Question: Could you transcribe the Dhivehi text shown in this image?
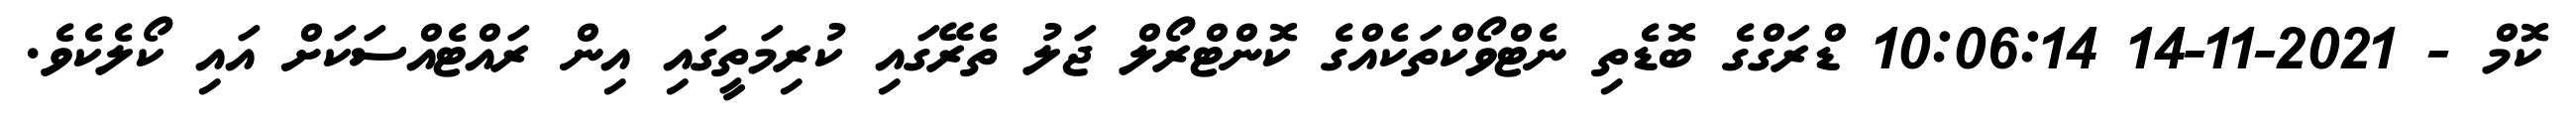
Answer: ކޮމް - 2021-11-14 10:06:14 ޑްރަގްގެ ބޮޑެތި ނެޓްވޯކްތަކެއްގެ ކޮންޓްރޯލް ޖަލު ތެރޭގައި ކުރިމަތީގައި އިން ރައްޓެއްސަކަށް އައި ކޯލެކެވެ.